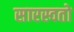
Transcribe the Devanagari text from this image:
सारस्वतो